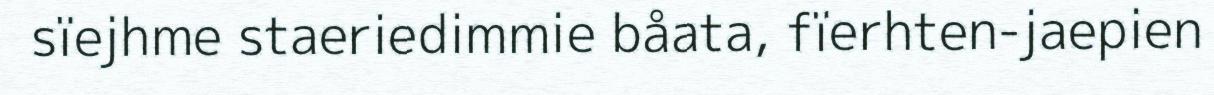
sïejhme staeriedimmie båata, fïerhten-jaepien